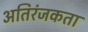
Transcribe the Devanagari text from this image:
अतिरंजकता